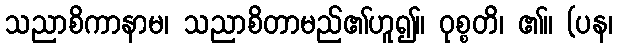
သညာစိကာနာမ၊ သညာစိတာမည်၏ဟူ၍။ ဝုစ္စတိ၊ ၏။ (ပန၊